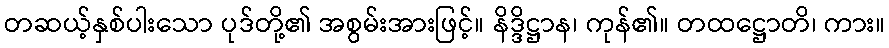
တဆယ့်နှစ်ပါးသော ပုဒ်တို့၏ အစွမ်းအားဖြင့်။ နိဒ္ဒိဋ္ဌာန၊ ကုန်၏။ တထဋ္ဌောတိ၊ ကား။